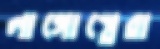
লাগোস্তেরা